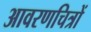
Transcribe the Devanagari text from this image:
आवरणचित्रों